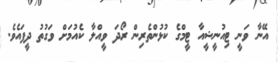
އޭނާ ވަނީ ޓިއުނީޝީއާ ޓީމްގެ ކުޅުންތެރިން ރޯދަ ވީއްލާ ކެއުމަށް ވަގުތު ދީފައެވެ.